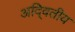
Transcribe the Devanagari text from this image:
अदि्वतीय